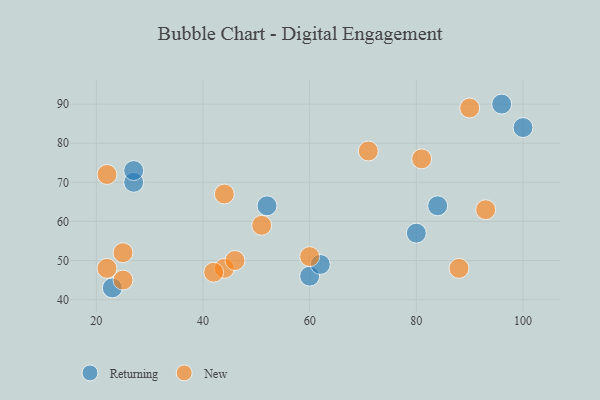
{"axis": {"x": "GDP", "y": "Life Expectancy"}, "legend": ["New", "Returning"], "data": [{"x": "96", "y": 90, "type": "Returning"}, {"x": "27", "y": 70, "type": "Returning"}, {"x": "23", "y": 43, "type": "Returning"}, {"x": "52", "y": 64, "type": "Returning"}, {"x": "100", "y": 84, "type": "Returning"}, {"x": "27", "y": 73, "type": "Returning"}, {"x": "80", "y": 57, "type": "Returning"}, {"x": "60", "y": 46, "type": "Returning"}, {"x": "84", "y": 64, "type": "Returning"}, {"x": "62", "y": 49, "type": "Returning"}, {"x": "51", "y": 59, "type": "New"}, {"x": "90", "y": 89, "type": "New"}, {"x": "44", "y": 48, "type": "New"}, {"x": "60", "y": 51, "type": "New"}, {"x": "88", "y": 48, "type": "New"}, {"x": "93", "y": 63, "type": "New"}, {"x": "81", "y": 76, "type": "New"}, {"x": "71", "y": 78, "type": "New"}, {"x": "42", "y": 47, "type": "New"}, {"x": "46", "y": 50, "type": "New"}, {"x": "22", "y": 48, "type": "New"}, {"x": "25", "y": 52, "type": "New"}, {"x": "44", "y": 67, "type": "New"}, {"x": "25", "y": 45, "type": "New"}, {"x": "22", "y": 72, "type": "New"}]}